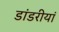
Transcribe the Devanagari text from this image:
डांडरीयां